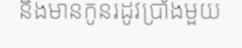
និងមានកូនរដូវប្រាំងមួយ